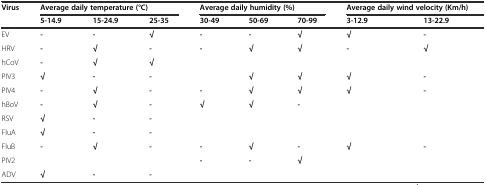
| <ROWSPAN=2> Virus | <COLSPAN=3> Average daily temperature (°C) | <COLSPAN=3> Average daily humidity (%) | <COLSPAN=2> Average daily wind velocity (Km/h) |
 | 5-14.9 | 15-24.9 | 25-35 | 30-49 | 50-69 | 70-99 | 3-12.9 | 13-22.9 |
 | --- | --- | --- | --- | --- | --- | --- | --- | --- |
 | EV | - | - | √ | - | - | √ | √ | - |
 | HRV | - | √ | - | - | √ | √ | - | √ |
 | hCoV | - | √ | √ |  |  |  |  |  |
 | PIV3 | √ | - | - |  | √ | √ | √ | - |
 | PIV4 | - | √ | - | - | √ | √ | √ | - |
 | hBoV | - | √ | - | √ | √ | - |  |  |
 | RSV | √ | - | - |  |  |  |  |  |
 | FluA | √ | - | - |  |  |  |  |  |
 | FluB | - | √ | - | - | √ | - | √ | - |
 | PIV2 |  |  |  | - | - | √ |  |  |
 | ADV | √ | - | - |  |  |  |  |  |